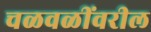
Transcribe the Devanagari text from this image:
चळवळींवरील